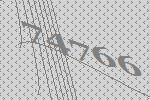
74766